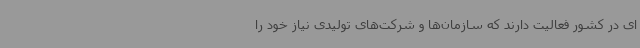
ای در کشور فعالیت دارند که سازمان‌ها و شرکت‌های تولیدی نیاز خود را